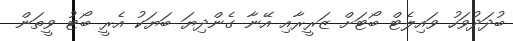
ބުދަދުވަހު ވައިލެޓް ބޯޓަށް ޒަރީރާއި އޭނާ ގެންދިޔަ ބަޔަކު އެރީ ބޯޓު ވީތަން